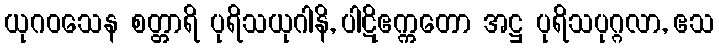
ယုဂဝသေန စတ္တာရိ ပုရိသယုဂါနိ, ပါဋိဧက္ကတော အဋ္ဌ ပုရိသပုဂ္ဂလာ, ဧသ